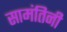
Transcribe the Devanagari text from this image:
सामंतिनी